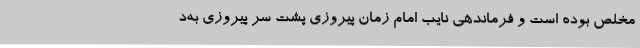
مخلص بوده است و فرماندهی نایب امام زمان پیروزی پشت سر پیروزی به‌د